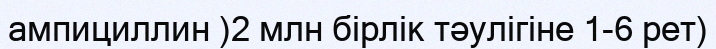
ампициллин )2 млн бірлік тәулігіне 1-6 рет)